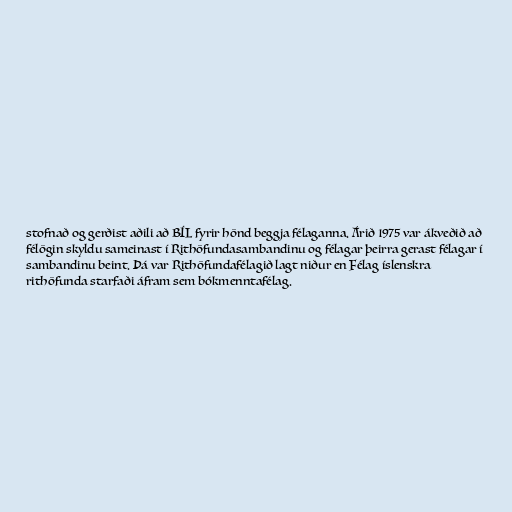
stofnað og gerðist aðili að BÍL fyrir hönd beggja félaganna. Árið 1975 var ákveðið að
félögin skyldu sameinast í Rithöfundasambandinu og félagar þeirra gerast félagar í
sambandinu beint. Þá var Rithöfundafélagið lagt niður en Félag íslenskra
rithöfunda starfaði áfram sem bókmenntafélag.